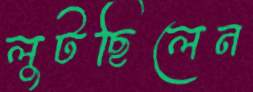
লুটছিলেন